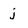
Character: j